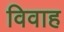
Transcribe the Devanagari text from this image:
विवाह